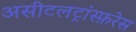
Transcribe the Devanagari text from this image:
असीटलट्रांस्फ़रेस